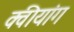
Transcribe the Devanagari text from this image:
क्वीयांग